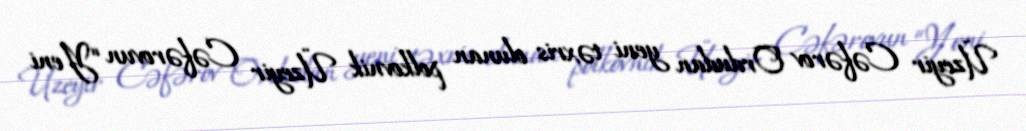
Üzeyir Cəfərov Ordudan yeni təxris olunan polkovnik Üzeyir Cəfərovun “Yeni